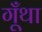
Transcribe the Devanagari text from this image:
गूँथा